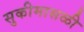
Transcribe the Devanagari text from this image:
सुकीमासळी